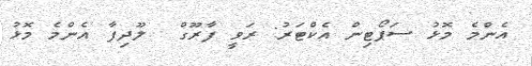
އެންމެ މޮޅު ސަޕޯޓިން އެކްޓަރު: ރަވީ ފާރޫގް  ލޫދިފާ އެންމެ މޮޅު